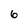
Character: 6